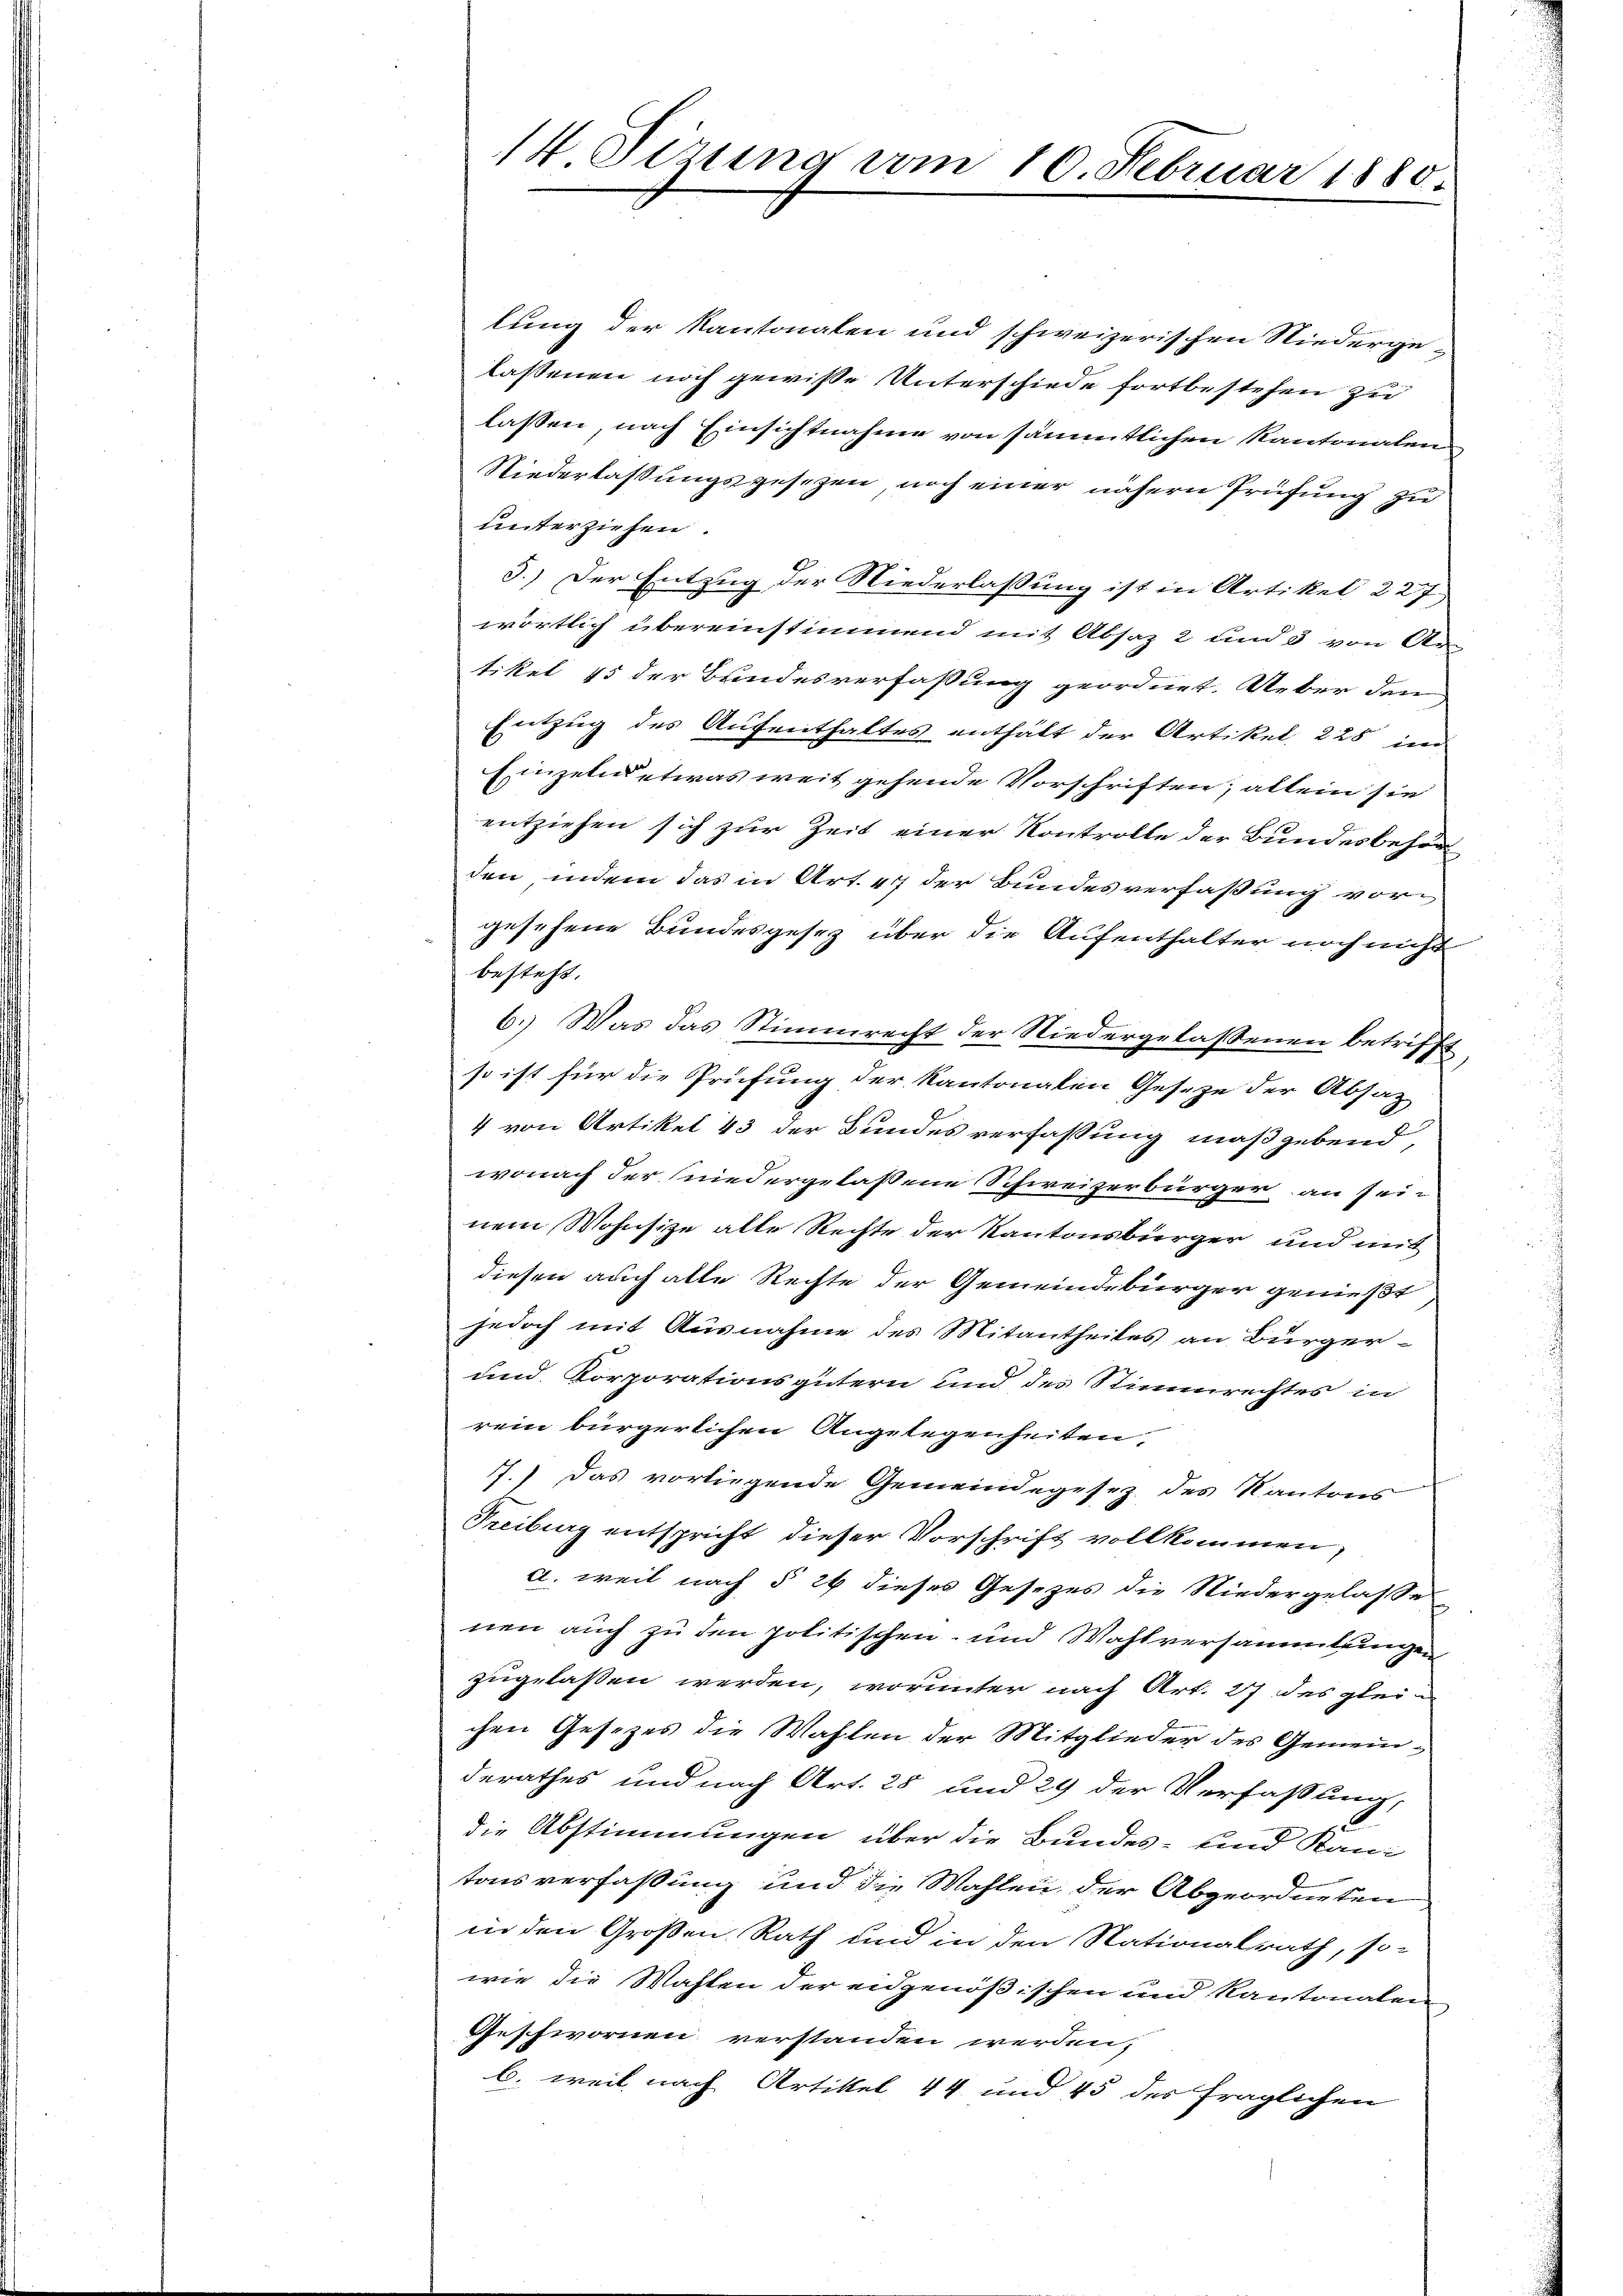
lung der Kantonalen und schweizerischen Niedergelassenen noch gewisse Unterschiede fortbestehen zu
lassen, nach Einsichtnahme von sämmtlichen Kantonalen
Niederlassungsgesezen, noch einer nähern Prüfung zu
unterziehen.
3.) Der Entzug der Niederlassung ist in Artikel 227
wörtlich übereinstimmend mit Absaz 2 und 3 von Ar-
tikel 15 der Bundesverfassung geordnet. Ueber den
Entzug des Aufenthaltes enthält der Artikel 228 in
Einzelnd etwas weit gehende Vorschriften; allein sie
entziehen sich zur Zeit einer Kontrolle der Bundesbehör
den, indem das in Art. 47 der Bundesverfassung vor
gesehene Bundesgesetz über die Aufenthalter noch nicht
besteht.
6.) Was das Stimmrecht der Niedergelassenen betrifft
so ist für die Prüfung der Kantonalen Geseze der Absatz
4 von Artikel 43 der Bundes verfassung maßgebend,
wonach der niedergelassene Schweizerbürger an sei-
nem Wohnsize alle Rechte der Kantonsbürger und mit
diesen auch alle Rechte der Gemeindebürger genießt
jedoch mit Ausnahme des Mitantheiles an Bürger
und Korporationsgütern und des Stimmrechtes in
rein bürgerlichen Angelegenheiten,
17.) Das vorliegende Gemeindegesez des Kantons
Freiburg entspricht dieser Vorschrift vollkommen,
a. weil nach § 26 dieses Gesezes die Niedergelasses
nen auch zu den politischen- und Wahlversammlungen
zugelassen werden, worunter nach Art. 27 des glei
chen Gesetzes die Wahlen der Mitglieder des Gemeinderathes und nach Art. 25 und 29 der Verfassung,
die Abstimmungen über die Bundes- und Kani
tonsverfassung und die Wahlen, der Abgeordneten
in den Großen Rath und in den Nationalrath, so-
wie die Wahlen der eidgenößischen und Kantonalen
Geschwornen verstanden werden;
b. weil nach Artikel 44 und 45 des fraglichen

14 Sizung vom 10. Februar 1880.